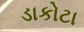
ડાકોટા